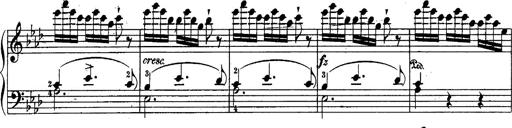
Title: Schubert's Impromptus [revised and edited by Franz Liszt]
Composer: Franz Liszt